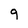
Character: 9